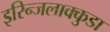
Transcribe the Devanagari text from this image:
इरिन्जलाक्कुडा